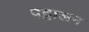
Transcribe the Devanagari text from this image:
पट्टालम